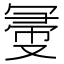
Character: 𠖗